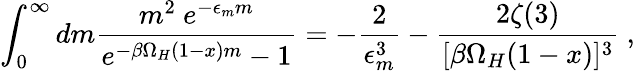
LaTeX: \int_{0}^{\infty}dm\frac{m^{2}~e^{-\epsilon_{m}m}}{e^{-\beta\Omega_{H}(1-x)m}-1}=-\frac{2}{\epsilon_{m}^{3}}-\frac{2\zeta(3)}{[\beta\Omega_{H}(1-x)]^{3}}~,